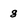
Character: 8